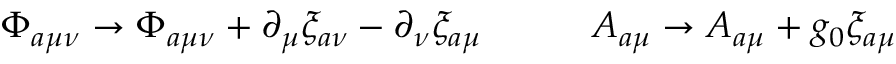
\Phi _ { a \mu \nu } \rightarrow \Phi _ { a \mu \nu } + \partial _ { \mu } \xi _ { a \nu } - \partial _ { \nu } \xi _ { a \mu } \quad \quad \quad A _ { a \mu } \rightarrow A _ { a \mu } + g _ { 0 } \xi _ { a \mu }